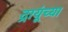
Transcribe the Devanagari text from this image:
द्रायूंच्या